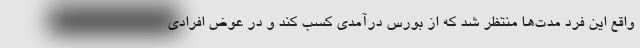
واقع این فرد مدت‌ها منتظر شد که از بورس درآمدی کسب کند و در عوض افرادی